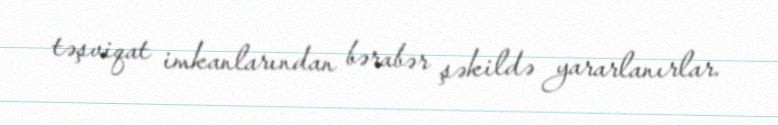
təşviqat imkanlarından bərabər şəkildə yararlanırlar.